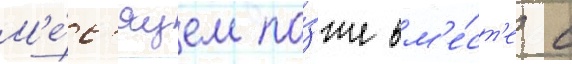
М'е́с'яцем по́зже вм'е́ст'е с